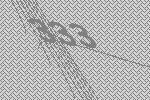
333